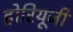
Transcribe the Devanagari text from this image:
होरियूजी